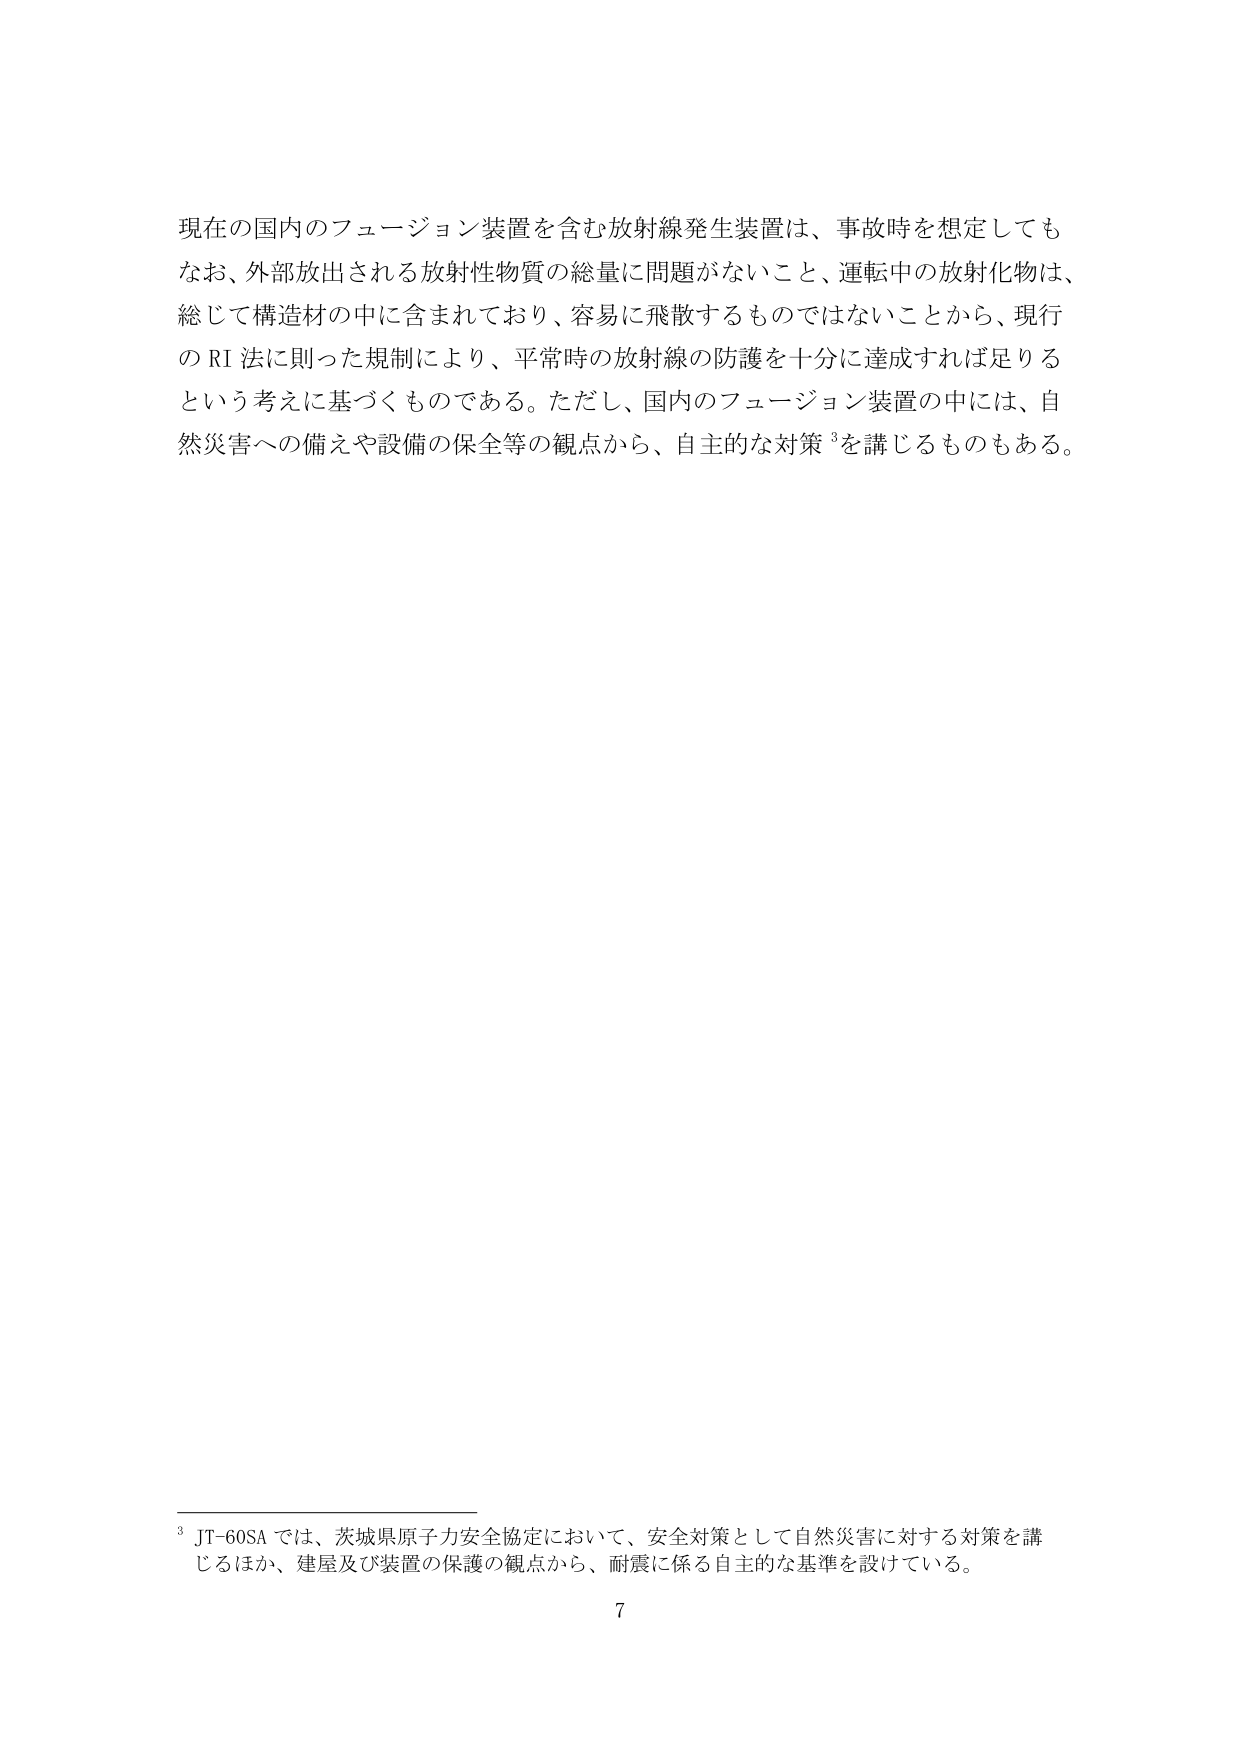
現在の国内のフュージョン装置を含む放射線発生装置は、事故時を想定しても
なお、外部放出される放射性物質の総量に問題がないこと、運転中の放射化物は、
総じて構造材の中に含まれており、容易に飛散するものではないことから、現行
の RI 法に則った規制により、平常時の放射線の防護を十分に達成すれば足りる
という考えに基づくものである。ただし、国内のフュージョン装置の中には、自
然災害への備えや設備の保全等の観点から、自主的な対策³を講じるものもある。

³ JT-60SA では、茨城県原子力安全協定において、安全対策として自然災害に対する対策を講
じるほか、建屋及び装置の保護の観点から、耐震に係る自主的な基準を設けている。
7